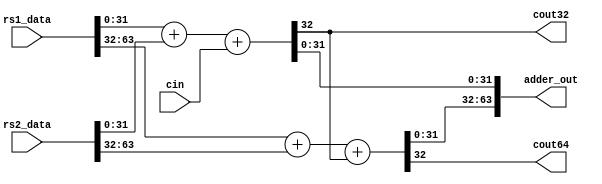
// Modified by Princeton University on June 9th, 2015
// ========== Copyright Header Begin ==========================================
// 
// OpenSPARC T1 Processor File: sparc_exu_aluadder64.v
// Copyright (c) 2006 Sun Microsystems, Inc.  All Rights Reserved.
// DO NOT ALTER OR REMOVE COPYRIGHT NOTICES.
// 
// The above named program is free software; you can redistribute it and/or
// modify it under the terms of the GNU General Public
// License version 2 as published by the Free Software Foundation.
// 
// The above named program is distributed in the hope that it will be 
// useful, but WITHOUT ANY WARRANTY; without even the implied warranty of
// MERCHANTABILITY or FITNESS FOR A PARTICULAR PURPOSE.  See the GNU
// General Public License for more details.
// 
// You should have received a copy of the GNU General Public
// License along with this work; if not, write to the Free Software
// Foundation, Inc., 51 Franklin St, Fifth Floor, Boston, MA 02110-1301, USA.
// 
// ========== Copyright Header End ============================================
////////////////////////////////////////////////////////////////////////
/*
//  Module Name: sparc_exu_aluadder64
//	Description:		This block implements the adder for the sparc alu.
//            It takes two operands and a carry bit.  It adds them together
//						and sends the output to adder_out.  It outputs the overflow
//						and carry condition codes for both 64 bit and 32 bit operations.
*/

module sparc_exu_aluadder64
  (
   rs1_data,
   rs2_data,
   cin,
   adder_out,
   cout32,
   cout64
   );

   input [63:0]  rs1_data;   // 1st input operand
   input [63:0]  rs2_data;   // 2nd input operand
   input         cin;           // carry in

   output [63:0] adder_out; // result of adder
   output         cout32;         // Cout from lower 32 bit add
   output         cout64;         // cout from 64 bit add


////////////////////////////////////////////
//  Module implementation
////////////////////////////////////////////

   assign      {cout32, adder_out[31:0]} = rs1_data[31:0]+rs2_data[31:0]+
                                           cin;
   assign      {cout64, adder_out[63:32]} = rs1_data[63:32] 
               + rs2_data[63:32] + cout32;

endmodule // sparc_exu_aluadder64